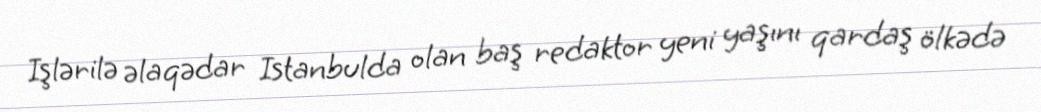
Işlərilə əlaqədar Istanbulda olan baş redaktor yeni yaşını qardaş ölkədə